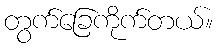
တွက်ခြေကိုက်တယ်။